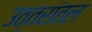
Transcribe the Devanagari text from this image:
उत्तरांतल